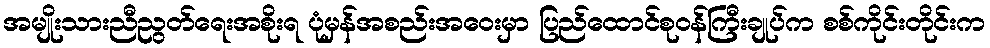
အမျိုးသားညီညွတ်ရေးအစိုးရ ပုံမှန်အစည်းအဝေးမှာ ပြည်ထောင်စုဝန်ကြီးချုပ်က စစ်ကိုင်းတိုင်းက